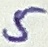
Text: 5